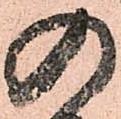
の